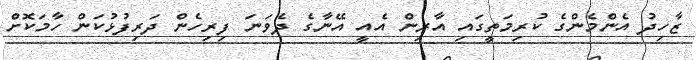
ޒާހިދު އެންމެންގެ ކުރިމަތީގައި އާރިން އެއީ އޭނާގެ ދެވަނަ ފިރިހެން ދަރިފުޅުކަން ހާމަކޮށް